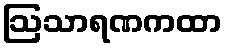
ဩသာရဏကထာ